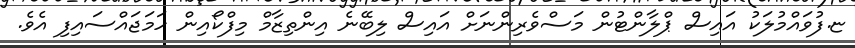
ޏ.ފުވައްމުލަކު އައިސް ޕްލާންޓުން މަސްވެރިންނަށް އައިސް ލިބޭނެ އިންތިޒާމް މިފްކޯއިން ހަމަޖައްސައިފި އެވެ.